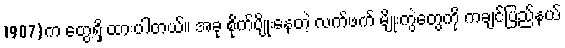
1907)က တွေ့ရှိ ထားပါတယ်။ အခု စိုက်ပျိုးနေတဲ့ လက်ဖက် မျိုးကွဲတွေကို ကချင်ပြည်နယ်